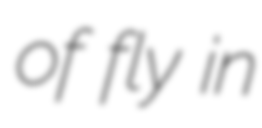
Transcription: of fly in